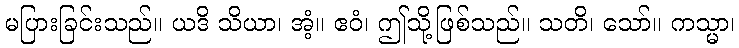
မပြားခြင်းသည်။ ယဒိ သိယာ၊ အံ့။ ဧဝံ၊ ဤသို့ဖြစ်သည်။ သတိ၊ သော်။ ကသ္မာ၊